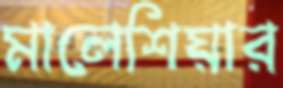
মালেশিয়ার